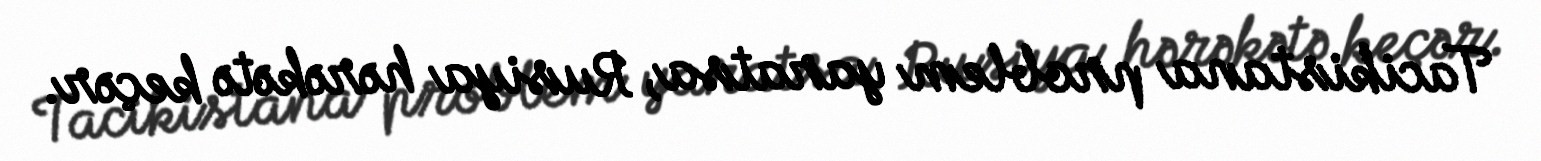
Tacikistana problem yaratsa, Rusiya hərəkətə keçər.